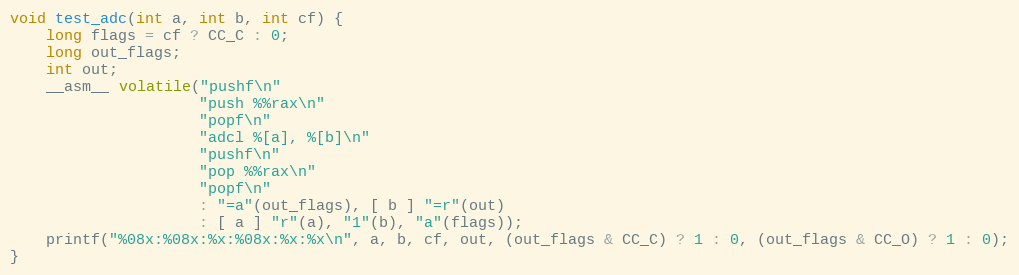
Language: C
void test_adc(int a, int b, int cf) {
    long flags = cf ? CC_C : 0;
    long out_flags;
    int out;
    __asm__ volatile("pushf\n"
                     "push %%rax\n"
                     "popf\n"
                     "adcl %[a], %[b]\n"
                     "pushf\n"
                     "pop %%rax\n"
                     "popf\n"
                     : "=a"(out_flags), [ b ] "=r"(out)
                     : [ a ] "r"(a), "1"(b), "a"(flags));
    printf("%08x:%08x:%x:%08x:%x:%x\n", a, b, cf, out, (out_flags & CC_C) ? 1 : 0, (out_flags & CC_O) ? 1 : 0);
}